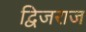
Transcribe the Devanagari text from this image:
द्विजराज